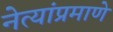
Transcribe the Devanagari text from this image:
नेत्यांप्रमाणे